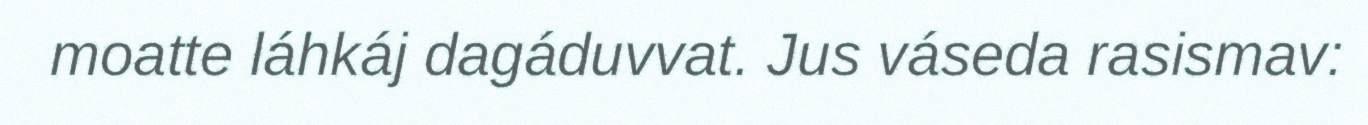
moatte láhkáj dagáduvvat. Jus váseda rasismav: